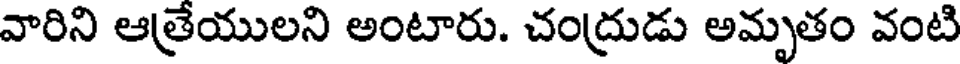
వారిని ఆత్రేయులని అంటారు. చంద్రుడు అమృతం వంటి